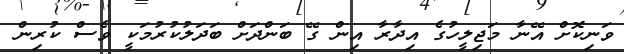
ވަނިކޮށް އޭނާ މަޖިލީހުގެ އިދާރާ އިން ގޭ ބަންދަށް ބަދަލުކުރުމަކީ ވެސް ކުރިން